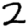
Digit: 2